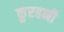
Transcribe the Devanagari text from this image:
कुरहनी